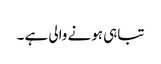
تباہی ہونے والی ہے ۔